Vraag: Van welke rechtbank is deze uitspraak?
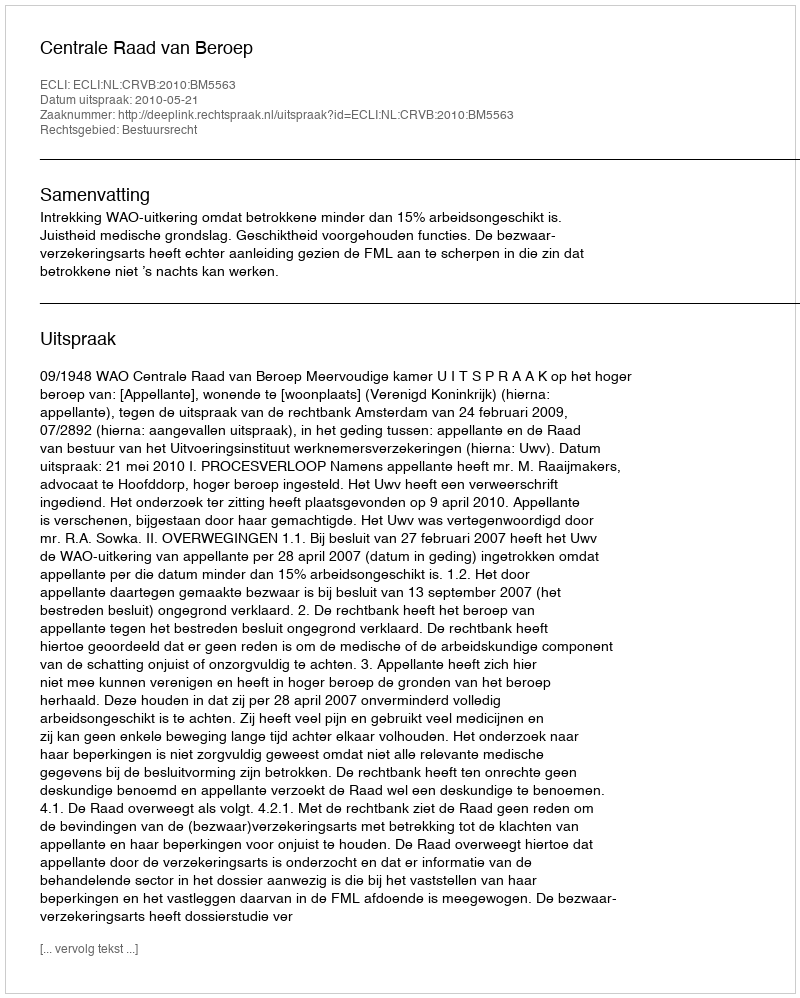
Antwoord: Centrale Raad van Beroep